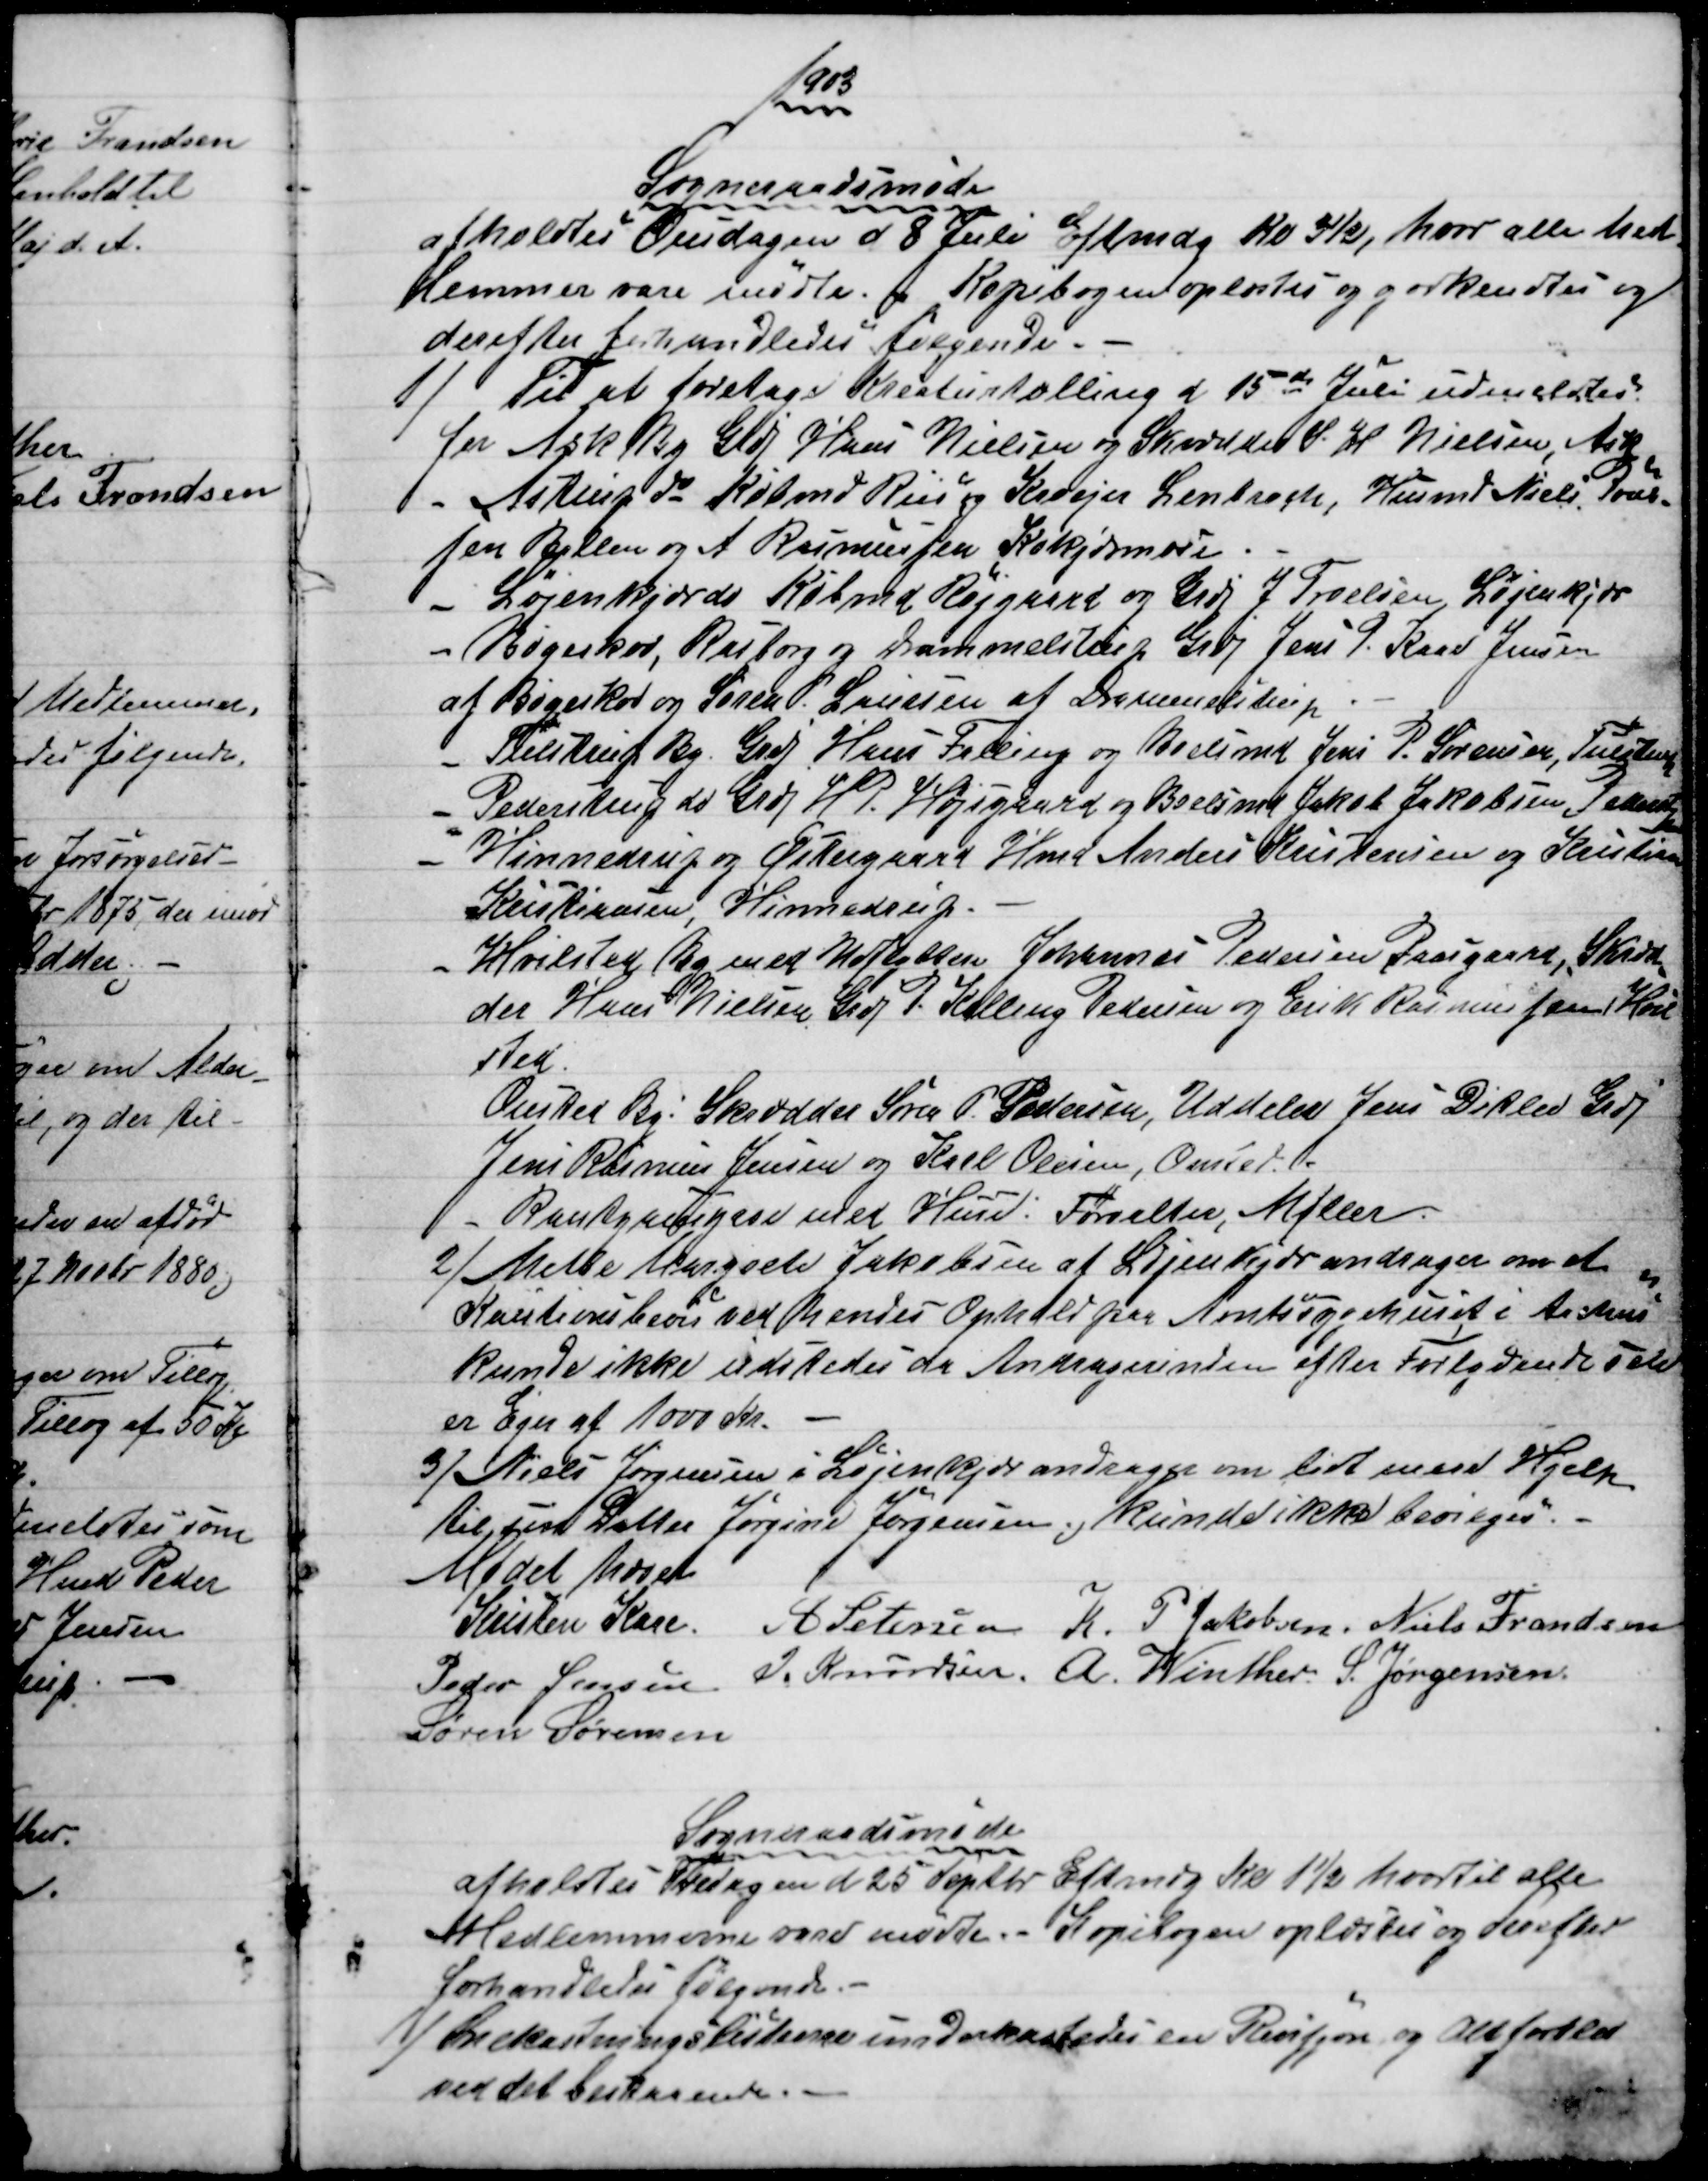
Transskription:
1903
Sogneraadsmøde
afholdtes Onsdagen d 8 Juli Eftmdg Kl. 3½, hvor alle Med
-
lemmer vare mødte. Kopibogen oplæstes og godkendtes og
derefter forhandledes følgende. -
1)
Til at foretage Kreaturtælling d 15de Juli udmeldtes
for Ask By Grdj Hans Nielsen og Skrædder S. H. Nielsen, Ask
Astrup do Købmd Riis og Kroejer Lenbroch, Husmd Niels Poul-
sen Ballen og A Rasmussen Kokjærmose.
Løjenkjær do Købmd Røjgaard og Grdj J. Troelsen Løjenkjør
Bøgeskov, Rasborg og Drammelstrup Grdj Jens P. Kaae Jensen
af Bøgeskov og Søren P. Laursen af Drammelstrup
Tulstrup By. Grdj Hans Falling og Boelsmd Jens P. Sørensen, Tulstrup
Pederstrup do Grdj H. P. Højsgaard og Boelsmd Jakob Jakobsen Pederstp
Hinnedrup og Østergaard Hmd Anders Kristensen og Kristian

Kristiansen Hinnedrup.
Hvilsted By med Udflyttere Johannes Pedersen Paasgaard, Skræd
=
der Hans Nielsen Grdj P. Kolling Pedersen og Erik Rasmussen Hvil
sted.
Onsted By: Skrædder Søren P. Pedersen, Uddeler Jens Ditlev Grdj
Jens Rasmus Jensen og Karl Olesen, Onsted.
Rantzausgave med Huse: Forvalter, Møller.
2)
 Mette Margrete Jakobsen af Løjenkjær andrager om et
Kautionsbevis ved hendes Ophold paa Amtssygehuset i Aarhus
kunde ikke udstedes da Andragerinden efter Forlydende selv
er Ejer af 1000 Kr.
3) 
Niels Jørgensen i Løjenkjær andrager om lidt mere Hjelp
til sin Datter Jørgine Jørgensen; kunde ikke bevilges.
Mødet hævet
Kristen Kaae.
A Petersen
K. P. Jakobsen. Niels Frandsen
Peder Jensen J. Knudsen.
A. Winther. S. Jørgensen.
Søren Sørensen
Sogneraadsmøde
afholdtes Fredagen d 25 Septbr. Eftmdg Kl 1½ hvortil alle
Medlemmerne vare mødte. Kopibogen oplæstes og derefter
forhandledes følgende.
1)
Snekastningslisterne underkastedes en Revision og Alt forblev
ved det bestaaende.